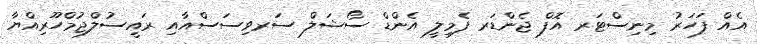
އެއް ފަހަރު މިނިސްޓަރ އޮފް ޖެންޑަރ ފެމިލީ އެންޑް ސޯޝަލް ސަރވިސަސްއާއި ރައީސުލްޖުމްހޫރިއްޔާ